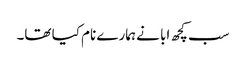
سب کچھ ابا نے ہمارے نام کیا تھا۔